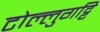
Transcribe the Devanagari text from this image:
टोल्लुगट्टि